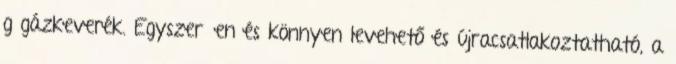
g gázkeverék. Egyszerűen és könnyen levehető és újracsatlakoztatható, a